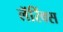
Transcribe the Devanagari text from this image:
लॅरिंक्स